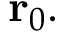
\mathbf { r } _ { 0 } .